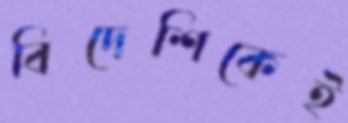
বিদেশিকেই